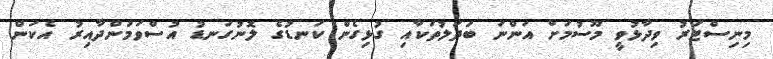
މިނިސްޓަރު ވިދާޅުވީ މޫސުމަށް އަންނަ ބަދަލުތަކާއި ގުޅިގެން ކަނޑުގެ ލޮނުގަނޑު އުސްވަމުންދާއިރު އެކަން